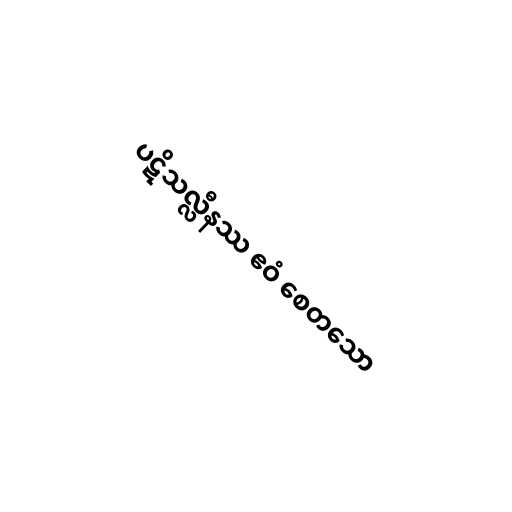
ပဋိသလ္လီနဿ ဧဝံ စေတသော